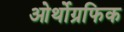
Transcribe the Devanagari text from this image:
ओर्थोग्रफिक